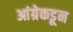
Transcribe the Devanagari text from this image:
आंग्रेकडून